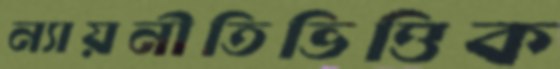
ন্যায়নীতিভিত্তিক